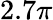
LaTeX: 2.7\pi